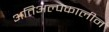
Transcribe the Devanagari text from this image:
अतिअल्पकालीन